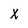
Character: X